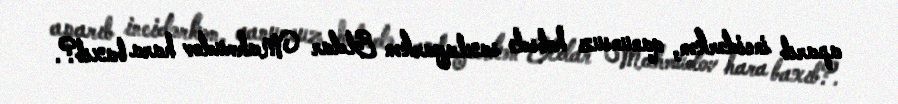
aparıb incidərkən, qanunsuz həbsdə saxlayarkən Eldar Mahmudov hara baxıb?.